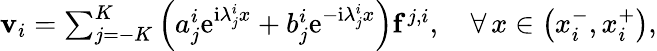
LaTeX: \begin{array}{r}{\mathbf{v}_{i}=\sum_{j=-K}^{K}\left(a_{j}^{i}\mathrm{e}^{\mathrm{i}\lambda_{j}^{i}x}+b_{j}^{i}\mathrm{e}^{-\mathrm{i}\lambda_{j}^{i}x}\right)\mathbf{f}^{j,i},\quad\forall\, x\in\left(x_{i}^{-},x_{i}^{+}\right),}\end{array}